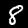
Label: 8